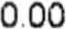
0.00